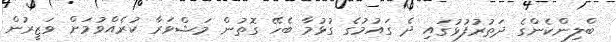
ބްލިންކެންގެ ދަތުރުފުޅުގައި ދެެ ގައުމުގެ ގުޅުމާ ބެހޭ ގޮތުން މަޝްވަރާ ކުރެއްވުމަށް ވަޒީރުން